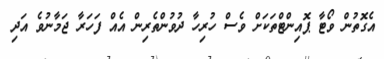
އެގޮތުން ވޯޓާ ޕޮއިންޓްތަކަށް ވެސް ހުރިހާ ދުވުންތެރިން އެއް ފަހަރާ ޖަމާނުވެ އަދި